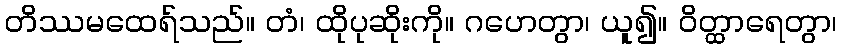
တိဿမထေရ်သည်။ တံ၊ ထိုပုဆိုးကို။ ဂဟေတွာ၊ ယူ၍။ ဝိတ္ထာရေတွာ၊